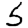
Digit: 5